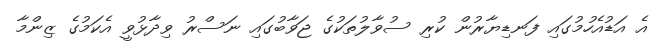
އެ އަޑުއެހުމުގައި ފަނޑިޔާރުން ކުރި ސުވާލުތަކުގެ ޖަވާބުގައި ނަސްރު ވިދާޅުވީ އެކަމުގެ ޒިންމާ